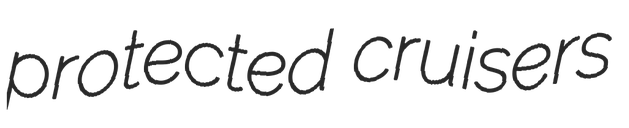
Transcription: protected cruisers